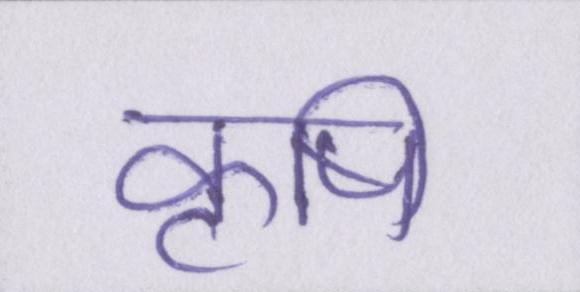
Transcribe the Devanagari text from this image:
कॄषि